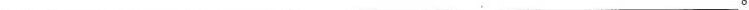
___